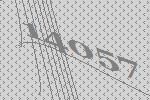
14057